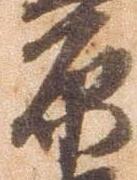
原